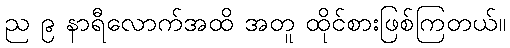
ည ၉ နာရီလောက်အထိ အတူ ထိုင်စားဖြစ်ကြတယ်။